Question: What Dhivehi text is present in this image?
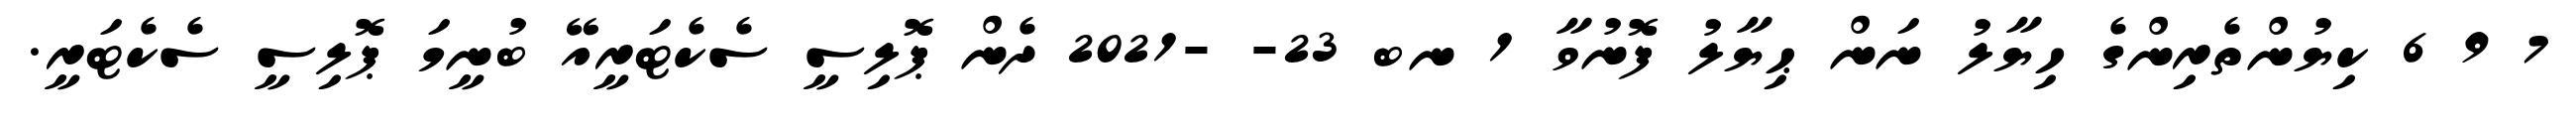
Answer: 7 9 6 ކިޔުންތެރިންގެ ހިޔާލު ނަން ޙިޔާލު ފޮނުވާ 1 ނބ 23- -2021 ދެން ޕޮލިސީ ސެކެޓަރީއޭ ބުނީމަ ޕޮލިސީ ސެކެޓަރީ.